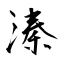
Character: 溱